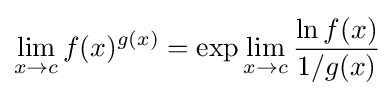
\lim _{x\to c}f(x)^{g(x)}=\exp \lim _{x\to c}{\frac {\ln f(x)}{1/g(x)}}\!